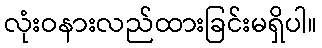
လုံးဝနားလည်ထားခြင်းမရှိပါ။